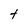
Character: t